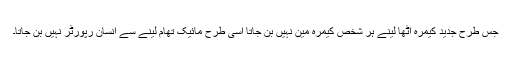
جس طرح جدید کیمرہ اٹھا لینے ہر شخص کیمرہ مین نہیں بن جاتا اسی طرح مائیک تھام لینے سے انسان رپورٹر نہیں بن جاتا۔